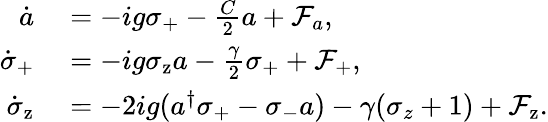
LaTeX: \begin{array}{rl}{\dot{a}}&{{}=-ig\sigma_{\mathrm{+}}-\frac{C}{2}a+\mathcal{F}_{a},}\\ {\dot{\sigma}_{\mathrm{+}}}&{{}=-ig\sigma_{\mathrm{z}}a-\frac{\gamma}{2}\sigma_{\mathrm{+}}+\mathcal{F}_{\mathrm{+}},}\\ {\dot{\sigma}_{\mathrm{z}}}&{{}=-2ig(a^{\dagger}\sigma_{\mathrm{+}}-\sigma_{\mathrm{-}}a)-\gamma(\sigma_{z}+1)+\mathcal{F}_{\mathrm{z}}.}\end{array}